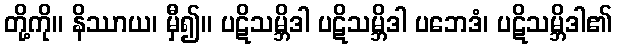
တို့ကို။ နိဿာယ၊ မှီ၍။ ပဋိသမ္ဘိဒါ ပဋိသမ္ဘိဒါ ပဘေဒံ၊ ပဋိသမ္ဘိဒါ၏